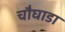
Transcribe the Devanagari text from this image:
चौघाडा